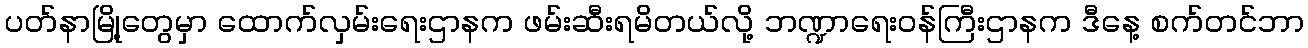
ပတ်နာမြို့တွေမှာ ထောက်လှမ်းရေးဌာနက ဖမ်းဆီးရမိတယ်လို့ ဘဏ္ဍာရေးဝန်ကြီးဌာနက ဒီနေ့ စက်တင်ဘာ